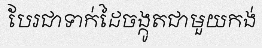
បែរជាទាក់ដៃចង្កូតជាមួយកង់